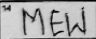
Transcription: MEW